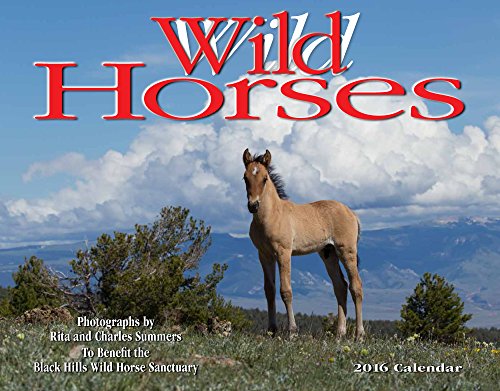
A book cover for Wild Horses 2016 Calendar 11x14; Rita and Charles Summers; Calendars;